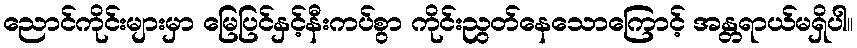
ညောင်ကိုင်းများမှာ မြေပြင်နှင့်နီးကပ်စွာ ကိုင်းညွတ်နေသောကြောင့် အန္တရာယ်မရှိပါ။